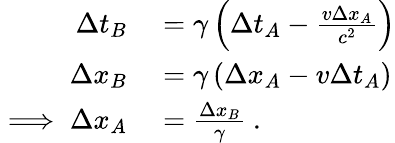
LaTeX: \begin{array}{rl}{\Delta t_{B}}&{{}=\gamma\left(\Delta t_{A}-\frac{v\Delta x_{A}}{c^{2}}\right)}\\ {\Delta x_{B}}&{{}=\gamma\left(\Delta x_{A}-v\Delta t_{A}\right)}\\ {\implies\Delta x_{A}}&{{}=\frac{\Delta x_{B}}{\gamma}~.}\end{array}